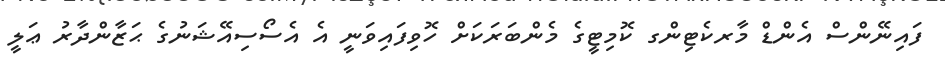
ފައިނޭންސް އެންޑް މާރކެޓިންގ ކޮމިޓީގެ މެންބަރަކަށް ހޮވިފައިވަނީ އެ އެސޯސިއޭޝަނުގެ ޙަޒާންދާރު ޢަލީ